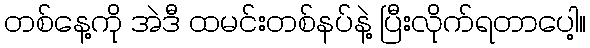
တစ်နေ့ကို အဲဒီ ထမင်းတစ်နပ်နဲ့ ပြီးလိုက်ရတာပေါ့။